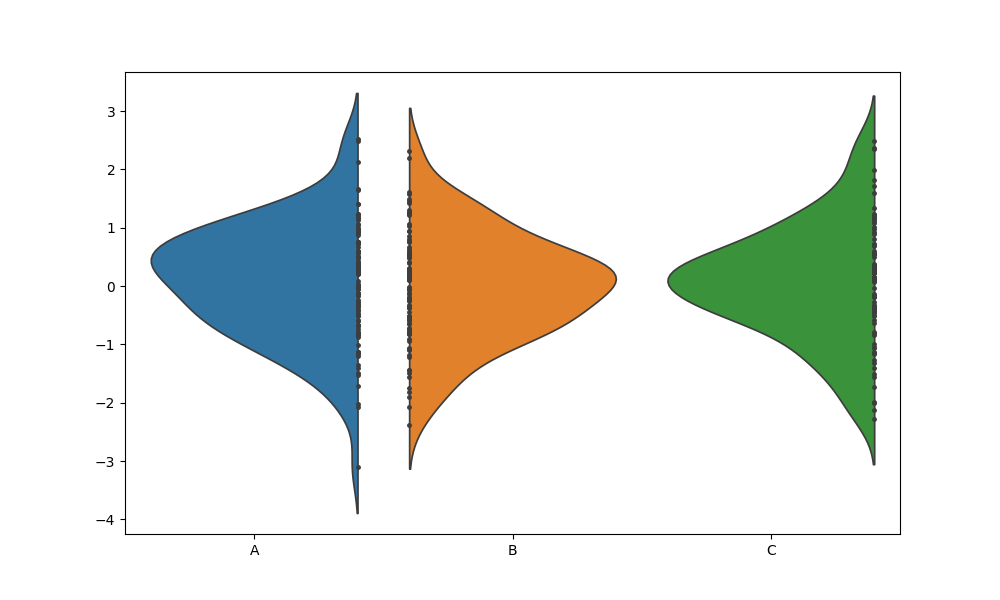
python, seaborn, violinplot, scale='width', split='True', inner='point', fill='True'